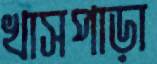
খাসপাড়া